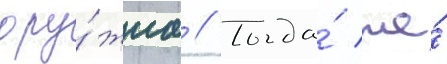
ору́жиа // Тогда́ же́